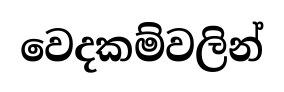
වෙදකම්වලින්